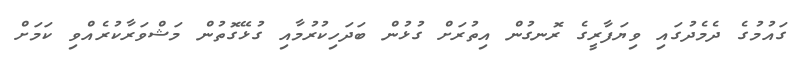
ގައުމުގެ ދެމެދުގައި ވިޔަފާރީގެ ރޮނގުން އިތުރަށް ގުޅުން ބަދަހިކުރުމާއި ގުޅޭގޮތުން މަޝްވަރާކުރެއްވި ކަމަށް